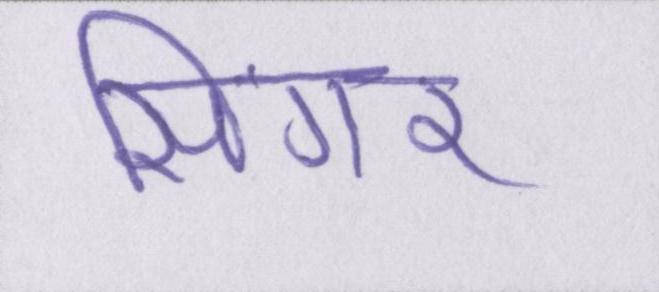
सिंगर